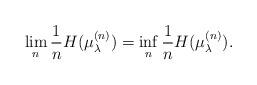
LaTeX: \begin{align*}\lim_n\frac{1}{n}H(\mu_{\lambda}^{(n)})=\inf_n\frac{1}{n}H(\mu_{\lambda}^{(n)}).\end{align*}